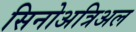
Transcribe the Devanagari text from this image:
सिनोअत्रिअल